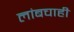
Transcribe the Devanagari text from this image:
लांबचाही